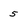
Character: 5